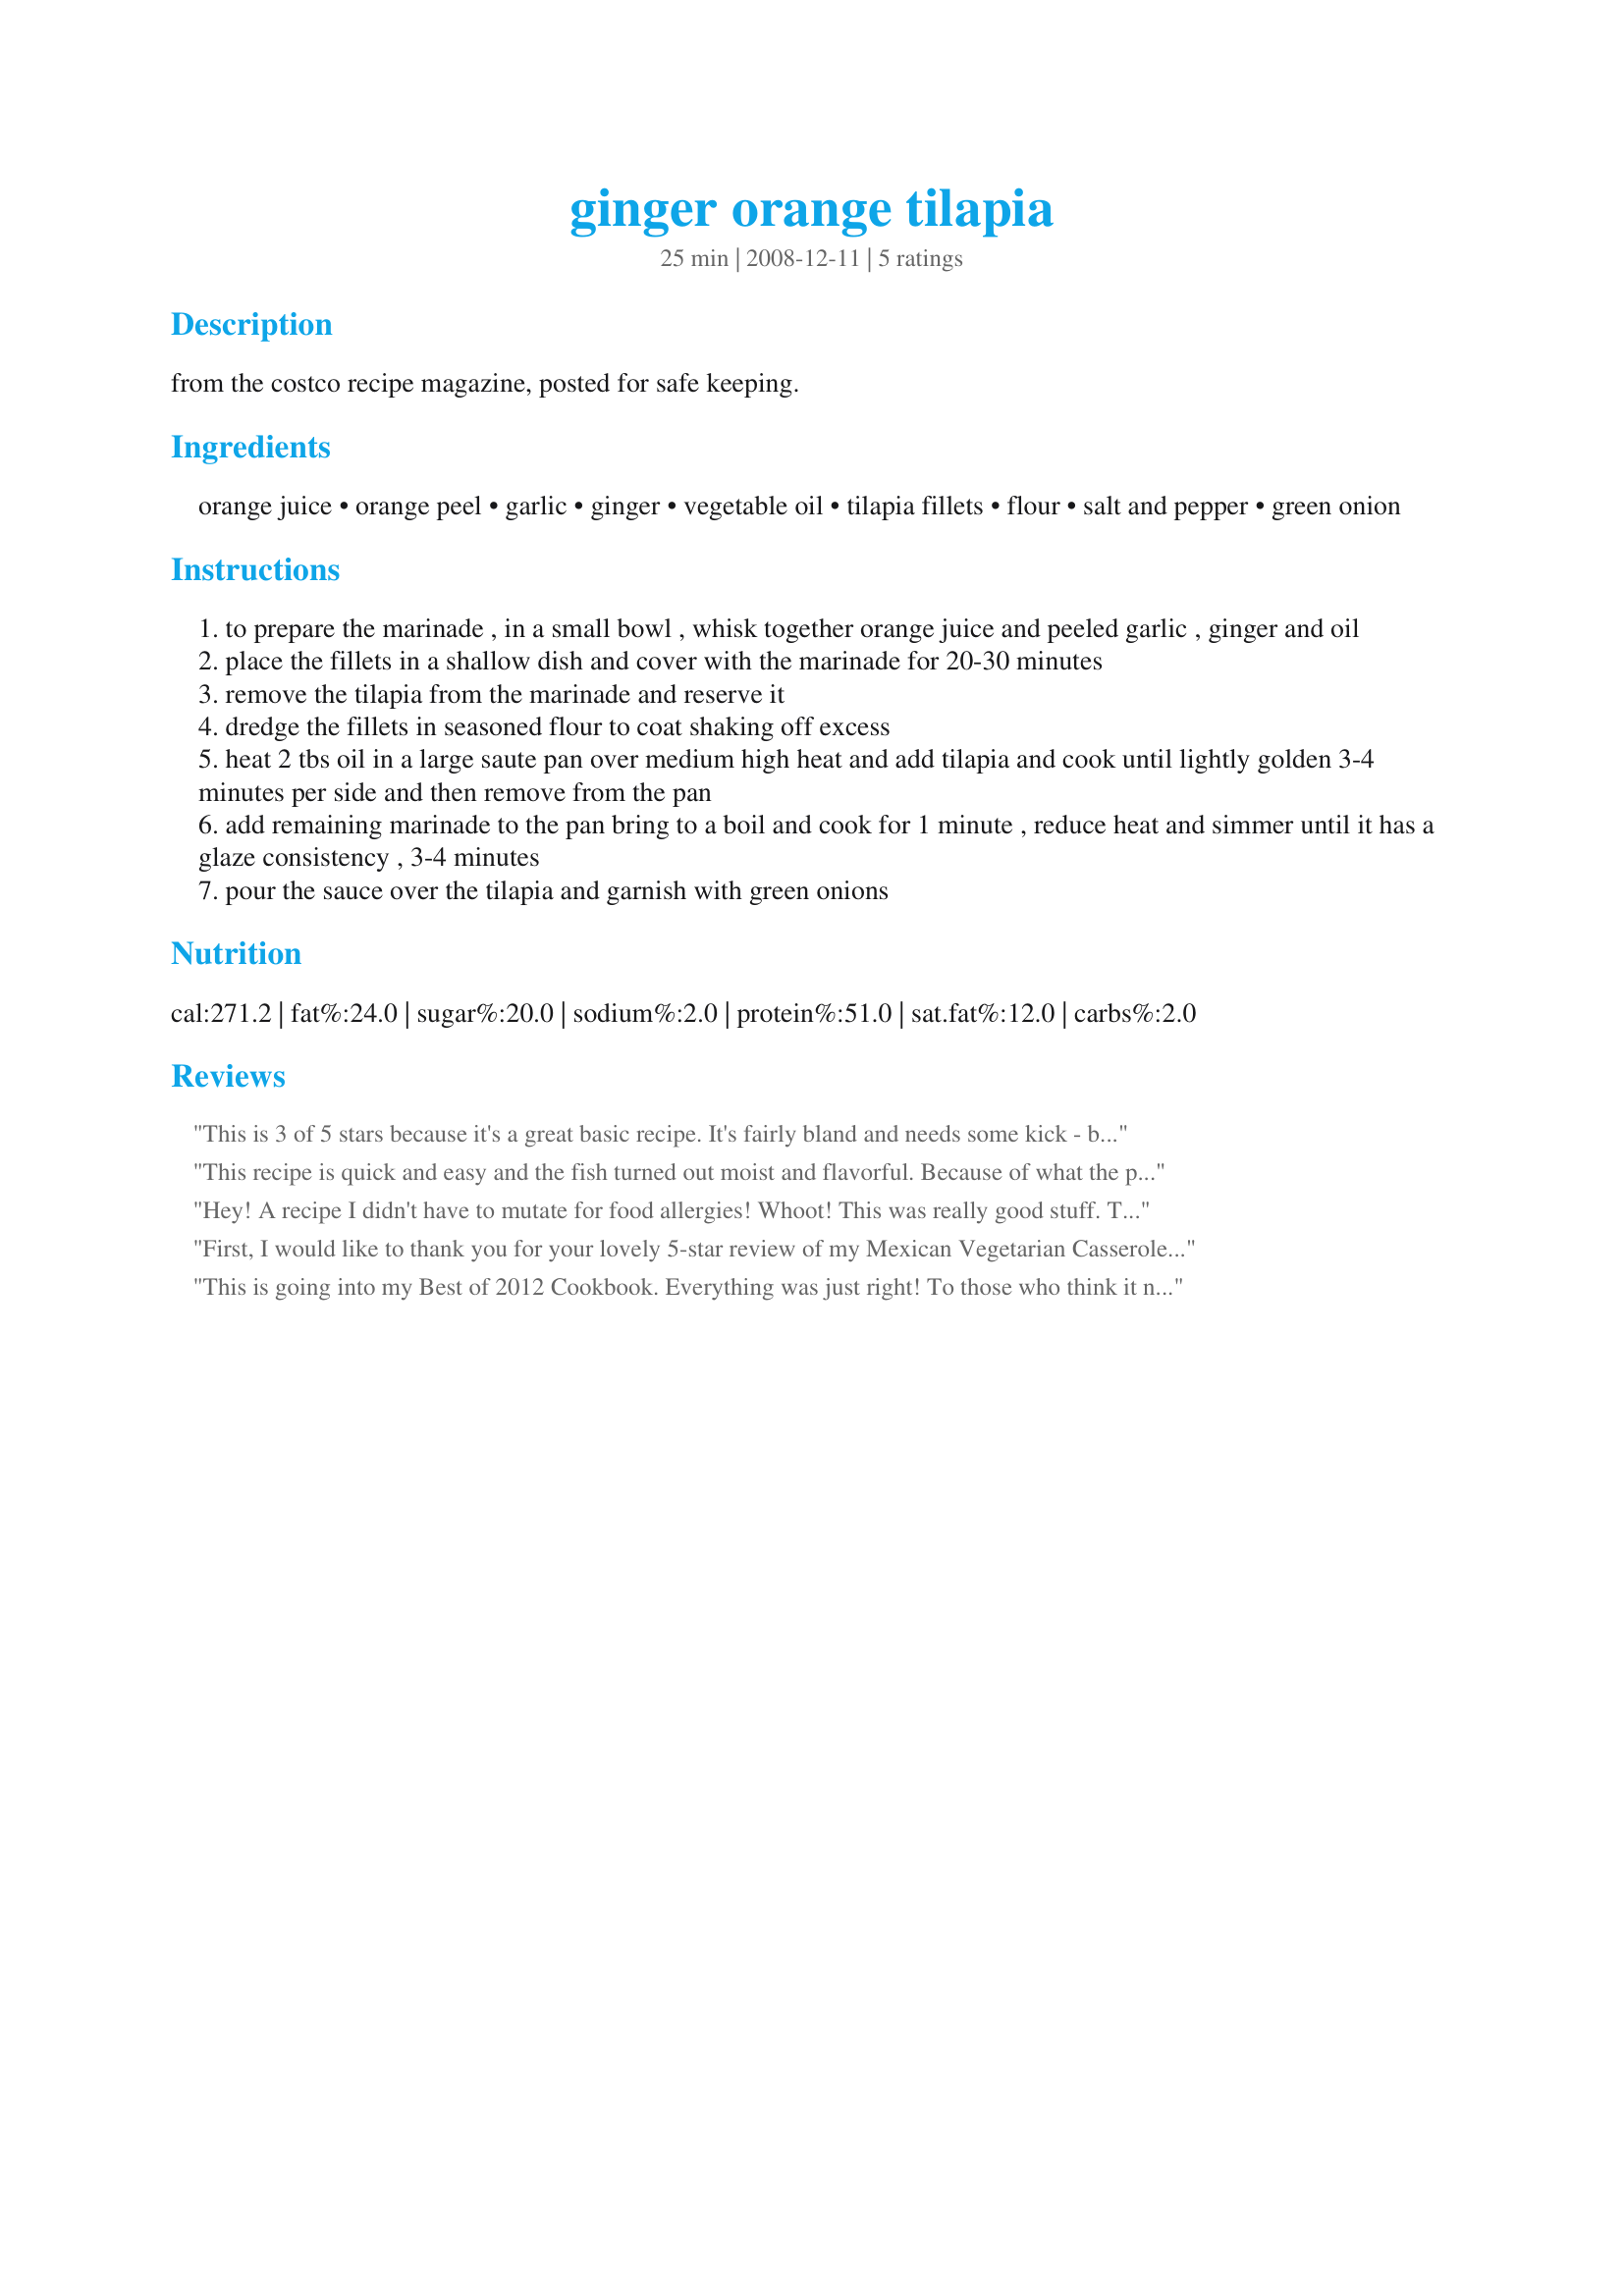
ginger orange tilapia
Preparation time: 25 minutes

from the costco recipe magazine, posted for safe keeping.

Ingredients:
orange juice, orange peel, garlic, ginger, vegetable oil, tilapia fillets, flour, salt and pepper, green onion

Steps:
to prepare the marinade , in a small bowl , whisk together orange juice and peeled garlic , ginger and oil
place the fillets in a shallow dish and cover with the marinade for 20-30 minutes
remove the tilapia from the marinade and reserve it
dredge the fillets in seasoned flour to coat shaking off excess
heat 2 tbs oil in a large saute pan over medium high heat and add tilapia and cook until lightly golden 3-4 minutes per side and then remove from the pan
add remaining marinade to the pan bring to a boil and cook for 1 minute , reduce heat and simmer until it has a glaze consistency , 3-4 minutes
pour the sauce over the tilapia and garnish with green onions

Reviews:
This is 3 of 5 stars because it's a great basic recipe. It's fairly bland and needs some kick - but it can go several ways. I'm sure a longer marinading time would help. That said, it sure disappeared off my family's table quickly. Served with snap peas and steamed white rice.
This recipe is quick and easy and the fish turned out moist and flavorful. Because of what the previous reviewer said, I added a teaspoon of Vietnamese chili sauce to the marinade and that did the trick.
Hey! A recipe I didn't have to mutate for food allergies! Whoot! <br/><br/>This was really good stuff. The flour was kinda messy, but the combination of orange juice (fresh squeezed, since I had some clementines on hand), ginger, and garlic was delightful.
First, I would like to thank you for your lovely 5-star review of my Mexican Vegetarian Casserole. And, yes, I also use it as a dip for various chips/crackers. To show my appreciation for trying one of my recipes, I have made this recipe.

This absolutely delightful tilapia was a hit for my husband and I. While this is a quick and easy recipe, it still produced a very flavorful fish. I did, however, marinate it for about 1 hour. We found the orange juice, ginger and garlic was a perfect compliment to the tilapia. Wonder recipe, I Cook Therefore I Am, thanks for sharing.
This is going into my Best of 2012 Cookbook. Everything was just right! To those who think it needs to marinate longer, remember citrus will start to "cook" the fish and make it tough if left too long to marinate. Thanks for this keeper!
